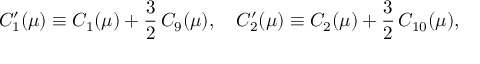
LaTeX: C _ { 1 } ^ { \prime } ( \mu ) \equiv C _ { 1 } ( \mu ) + \frac { 3 } { 2 } \, C _ { 9 } ( \mu ) , \quad C _ { 2 } ^ { \prime } ( \mu ) \equiv C _ { 2 } ( \mu ) + \frac { 3 } { 2 } \, C _ { 1 0 } ( \mu ) ,